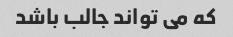
که می تواند جالب باشد